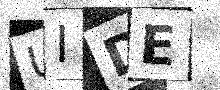
Text: UIDE